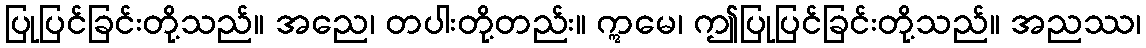
ပြုပြင်ခြင်းတို့သည်။ အညေ၊ တပါးတို့တည်း။ ဣမေ၊ ဤပြုပြင်ခြင်းတို့သည်။ အညဿ၊